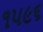
૧૫૯૬